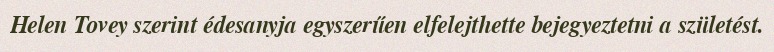
Helen Tovey szerint édesanyja egyszerűen elfelejthette bejegyeztetni a születést.